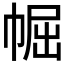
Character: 𱜭